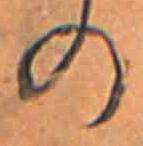
の